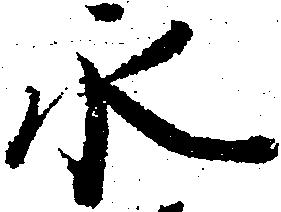
永